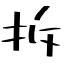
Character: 拆